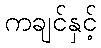
ကချင်နှင့်